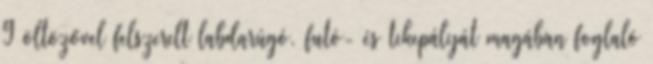
9 öltözővel felszerelt labdarúgó, futó- és tekepályát magában foglaló